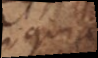
quia